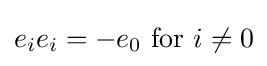
e_{i}e_{i}=-e_{0}\,\,{\text{for}}\,\,i\neq 0